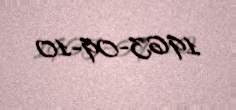
1963-09-10